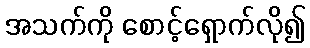
အသက်ကို စောင့်ရှောက်လို၍